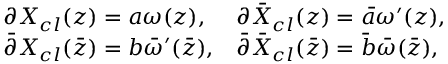
\begin{array} { l l } { { \partial X _ { c l } ( z ) = a \omega ( z ) , } } & { { \partial \bar { X } _ { c l } ( z ) = \bar { a } \omega ^ { \prime } ( z ) , } } \\ { { \bar { \partial } X _ { c l } ( \bar { z } ) = b \bar { \omega } ^ { \prime } ( \bar { z } ) , } } & { { \bar { \partial } \bar { X } _ { c l } ( \bar { z } ) = \bar { b } \bar { \omega } ( \bar { z } ) , } } \end{array}